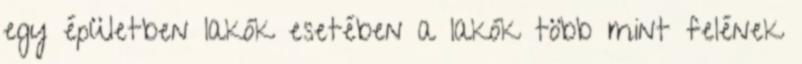
egy épületben lakók esetében a lakók több mint felének